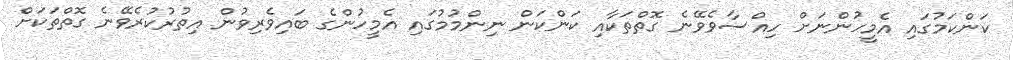
ކަންކަމުގައި އެމީހުންނަށް ހިއްސާވެވޭނެ ގޮތްތަކާއި ކަންކަން ނިންމުމުގައި އެމީހުންގެ ބައިވެރިވުން އިތުރުކުރެވޭނެ ގޮތްތަކަށް